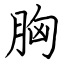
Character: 胸